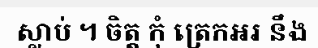
ស្លាប់ ។ ចិត្ត កុំ ត្រេកអរ នឹង